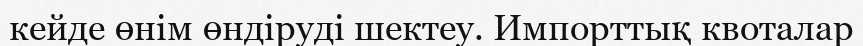
кейде өнім өндіруді шектеу. Импорттық квоталар